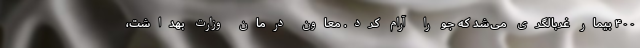
۴۰۰ بیمار غربالگری می‌شد که جو را آرام کرد. معاون درمان وزارت بهداشت،